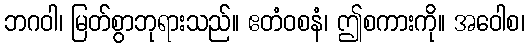
ဘဂဝါ၊ မြတ်စွာဘုရားသည်။ ဧတံဝစနံ၊ ဤစကားကို။ အဝေါစ၊